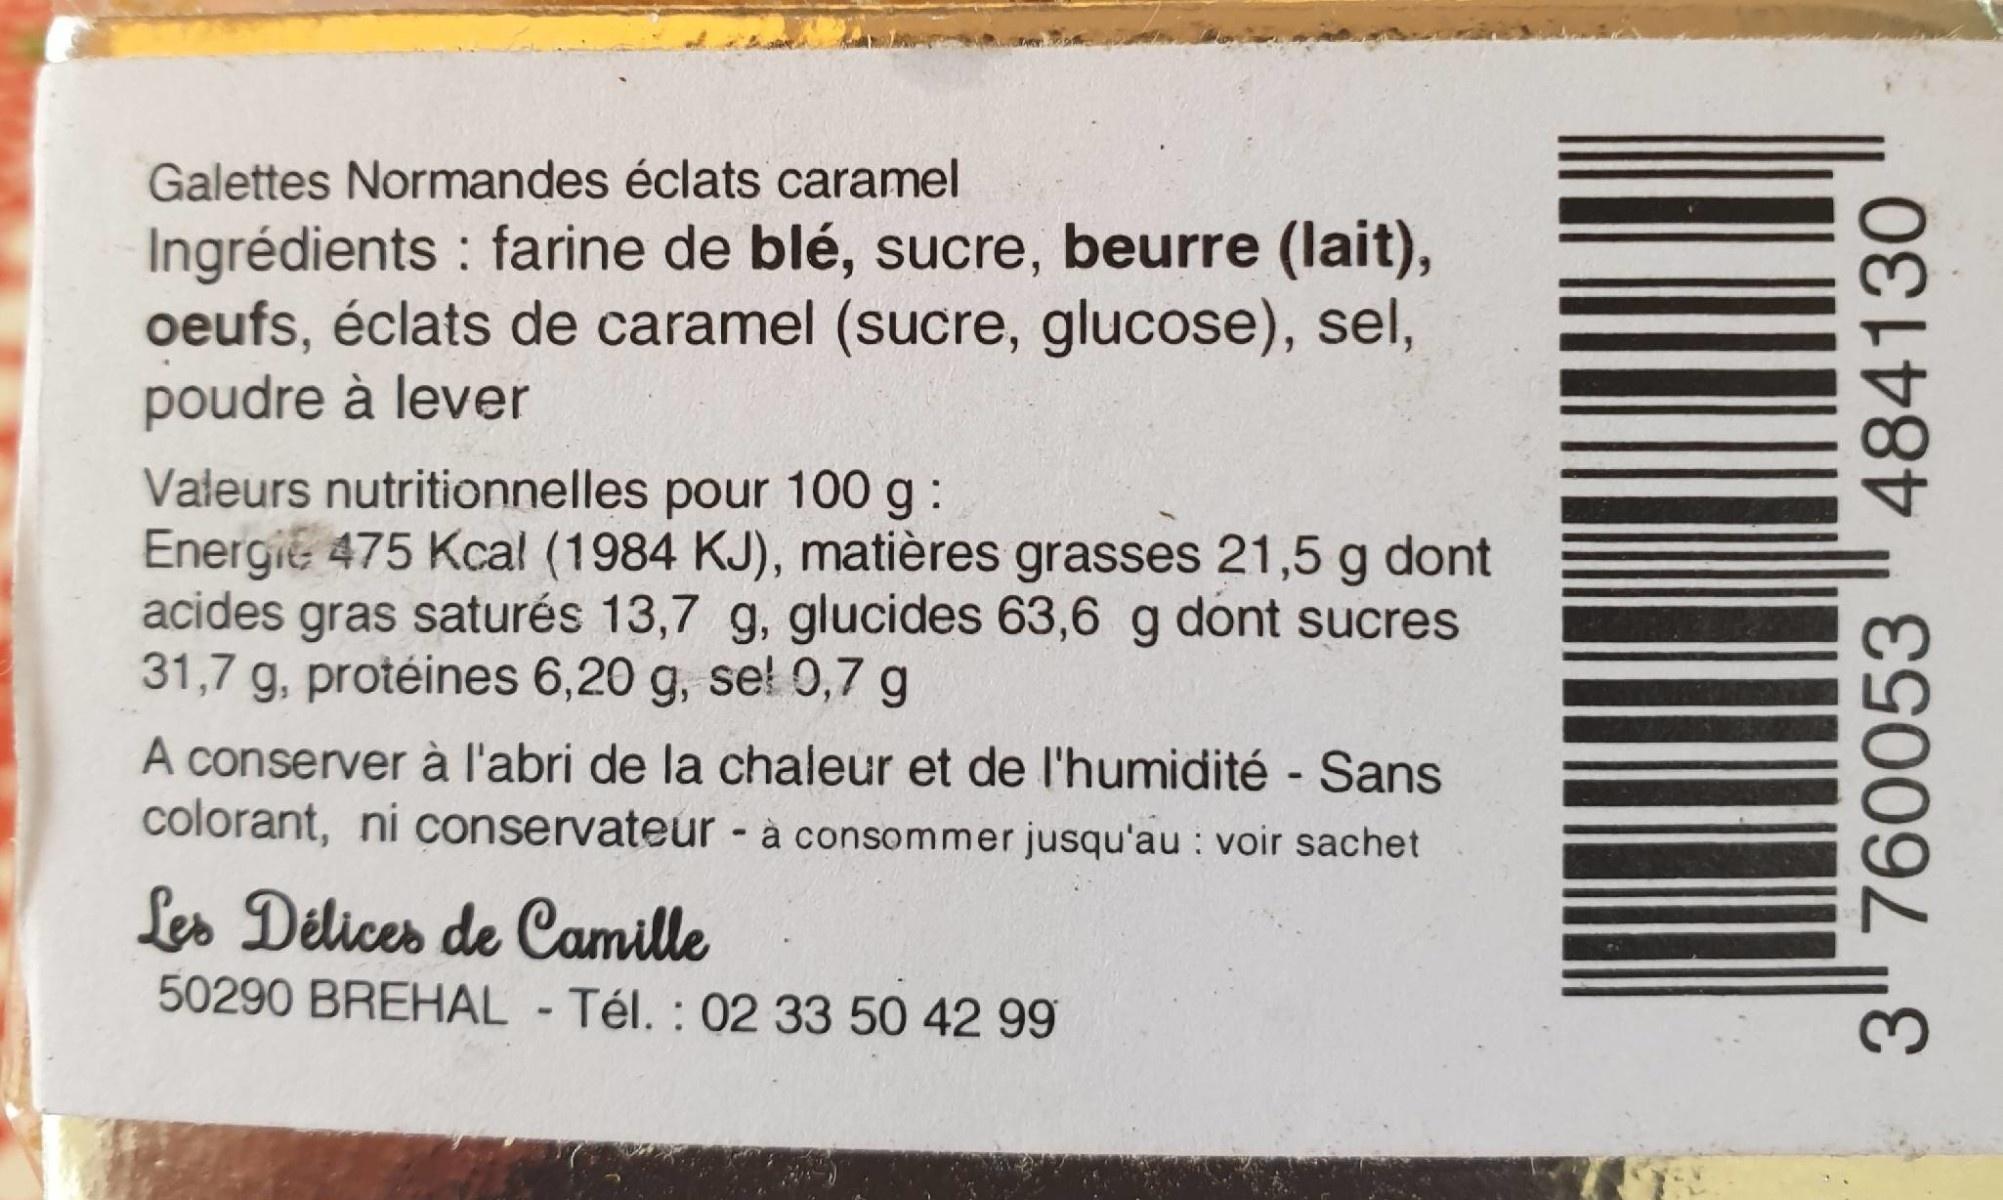
Galettes Normandes éclats caramel
Ingrédients : farine de blé, sucre, beurre (lait), oeufs, éclats de caramel (sucre, glucose), sel, poudre à lever
Valeurs nutritionnelles pour 100 g: Energie 475 Kcal (1984 KJ), matières grasses 21,5 g dont acides gras saturés 13,7 g, glucides 63,6 g dont sucres 31,7 g, protéines 6,20 g,
se! 0,7 g
A conserver à l'abri de la chaleur et de l'humidité - Sans colorant, ni conservateur - à consommer jusqu'au : voir sachet
Les Délices de Camille 50290 BREHAL Tél. : 02 33 50 42 99
3" 760053 " 484130